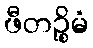
ဖီတဉ္စိမံ